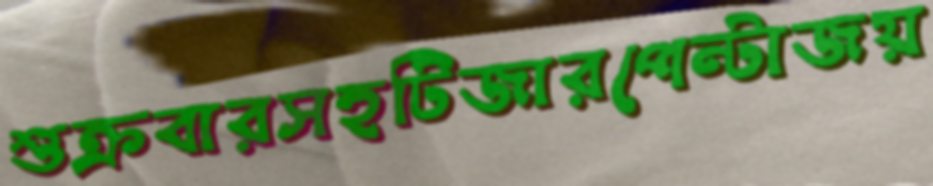
শুক্রবারসহটিজারপেন্টাজয়